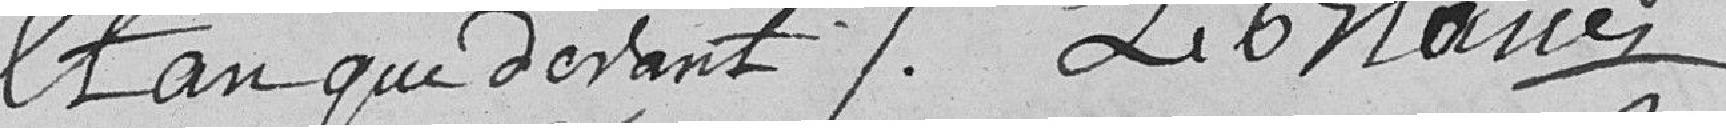
et an que devant / Le 6 mars